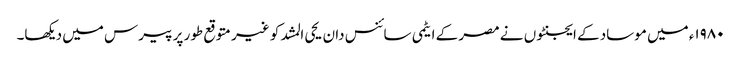
۱۹۸۰ء میں موساد کے ایجنٹوں نے مصر کے ایٹمی سائنس دان یحی المشد کو غیر متوقع طور پر پیرس میں دیکھا۔